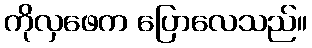
ကိုလှဖေက ပြောလေသည်။